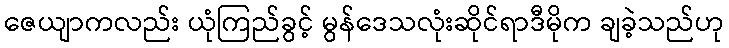
ဇေယျာကလည်း ယုံကြည်ခွင့် မွန်ဒေသလုံးဆိုင်ရာဒီမိုက ချခဲ့သည်ဟု